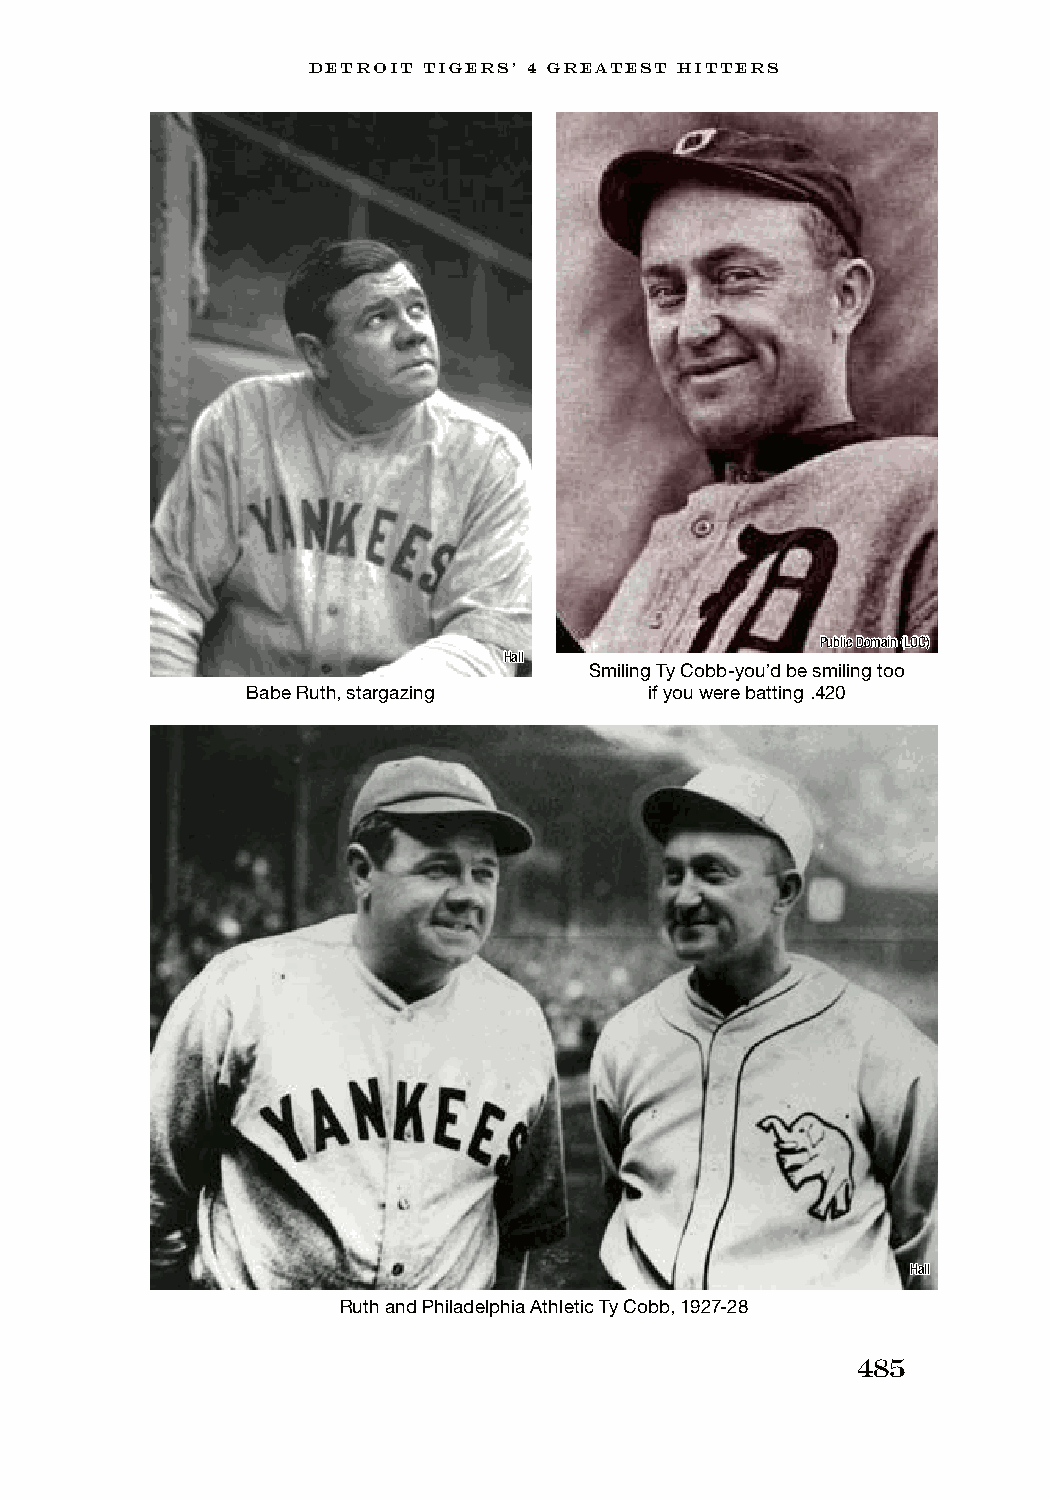
DETROIT TIGERS’ 4 GREATEST HITTERS
 Public Domain (LOC)
 Hall
 Smiling Ty Cobb-you’d be smiling too
 Babe Ruth, stargazing      if you were batting .420
 Hall
 Ruth and Philadelphia Athletic Ty Cobb, 1927-28
 485